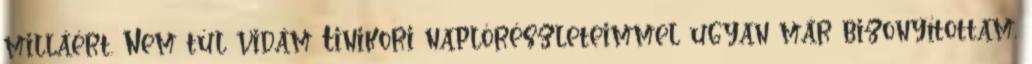
milláért. Nem túl vidám Tinikori naplórészleteimmel ugyan már bizonyítottam,